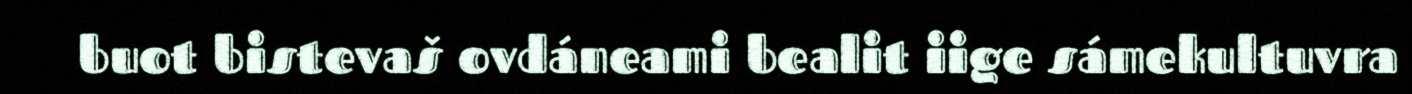
buot bistevaš ovdáneami bealit iige sámekultuvra